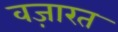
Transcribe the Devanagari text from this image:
वज़ारत